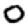
Digit: 0